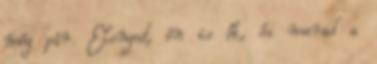
még pár. Elenged, én is őt, és marad a